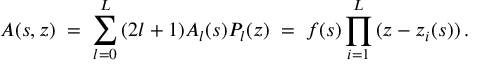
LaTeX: A ( s , z ) \; = \; \sum _ { l = 0 } ^ { L } \, ( 2 l + 1 ) A _ { l } ( s ) P _ { l } ( z ) \; = \; f ( s ) \prod _ { i = 1 } ^ { L } \, ( z - z _ { i } ( s ) ) \, .